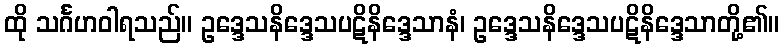
ထို သင်္ဂဟဝါရသည်။ ဥဒ္ဒေသနိဒ္ဒေသပဋိနိဒ္ဒေသာနံ၊ ဥဒ္ဒေသနိဒ္ဒေသပဋိနိဒ္ဒေသာတို့၏။